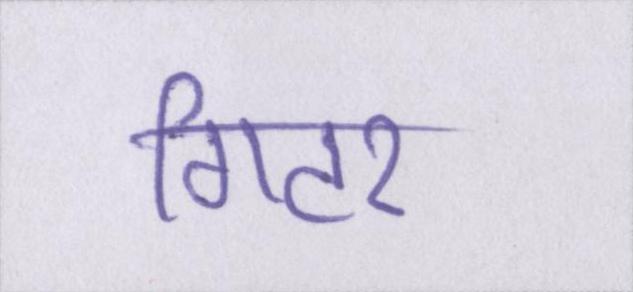
गिटर